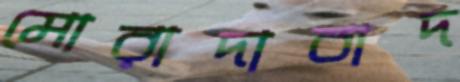
মোরাদাবাদ